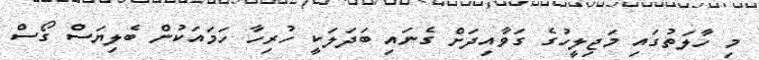
މި ހާލަތުގައި މަޖިލީހުގެ ގަވާއިދަށް ގެނައި ބަދަލަކީ ހުރިހާ ހަމައަކުން ބެލިޔަސް ގޯސް